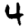
Digit: 4